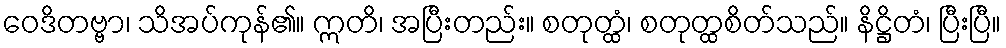
ဝေဒိတဗ္ဗာ၊ သိအပ်ကုန်၏။ ဣတိ၊ အပြီးတည်း။ စတုတ္ထံ၊ စတုတ္ထစိတ်သည်။ နိဋ္ဌိတံ၊ ပြီးပြီ။